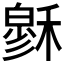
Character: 𥡻